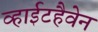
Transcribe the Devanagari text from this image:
व्हाईटहैवेन